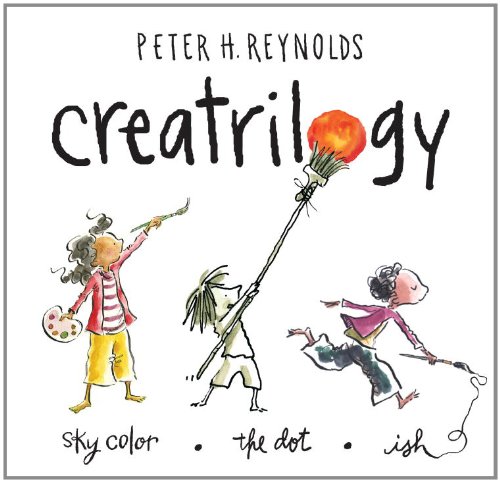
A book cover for Peter Reynolds Creatrilogy Box Set (Dot, Ish, Sky Color); Peter H. Reynolds; Children's Books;